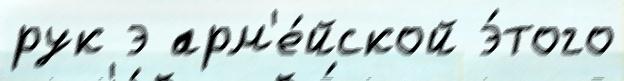
рук э арм'е́йской э́того